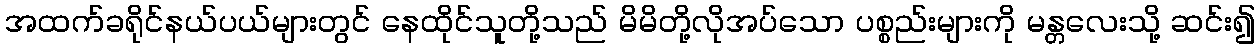
အထက်ခရိုင်နယ်ပယ်များတွင် နေထိုင်သူတို့သည် မိမိတို့လိုအပ်သော ပစ္စည်းများကို မန္တလေးသို့ ဆင်း၍